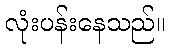
လုံးပန်းနေသည်။